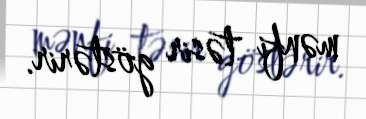
mənfi təsir göstərir.